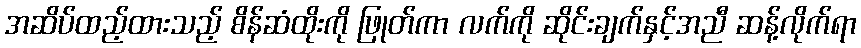
အဆိပ်ထည့်ထားသည့် စိန်ဆံထိုးကို ဖြုတ်ကာ လက်ကို ဆိုင်းချက်နှင့်အညီ ဆန့်လိုက်ရာ